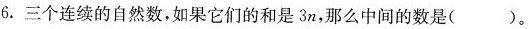
6. 三个连续的自然数，如果它们的和是 3n，那么中间的数是( )。